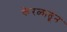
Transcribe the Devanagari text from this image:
केरळातून